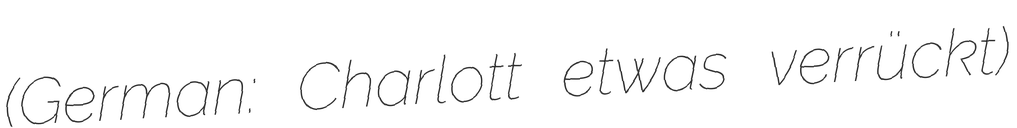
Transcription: (German: Charlott etwas verrückt)